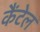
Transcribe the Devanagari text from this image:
कैंटेल